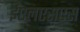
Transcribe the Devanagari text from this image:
ईएलएसएस